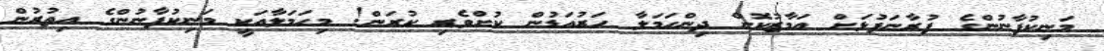
މަނިކުފާނުންގެ ފުރާނަފުޅަށް އަމާޒުކޮށް ދިންހަމަލާ ހަރުއަޑުން ކުށްވެރި ކުރަން! މިހަމަލާއަކީ މަނިކުފާނުންގެ އިތުރުން